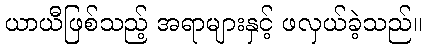
ယာယီဖြစ်သည့် အရာများနှင့် ဖလှယ်ခဲ့သည်။